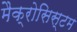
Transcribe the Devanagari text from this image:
मैक्रोसिस्टम